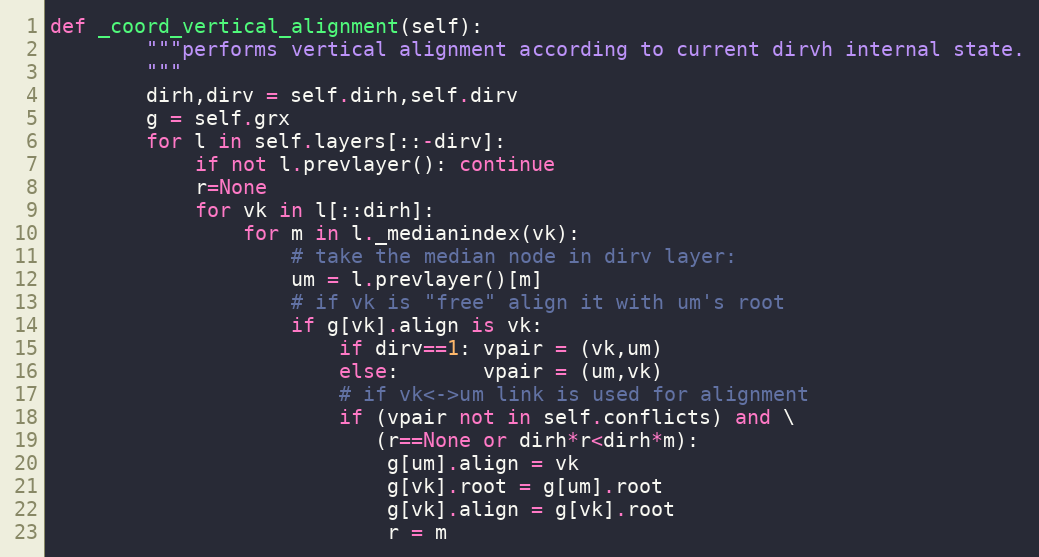
Language: Python
def _coord_vertical_alignment(self):
        """performs vertical alignment according to current dirvh internal state.
        """
        dirh,dirv = self.dirh,self.dirv
        g = self.grx
        for l in self.layers[::-dirv]:
            if not l.prevlayer(): continue
            r=None
            for vk in l[::dirh]:
                for m in l._medianindex(vk):
                    # take the median node in dirv layer:
                    um = l.prevlayer()[m]
                    # if vk is "free" align it with um's root
                    if g[vk].align is vk:
                        if dirv==1: vpair = (vk,um)
                        else:       vpair = (um,vk)
                        # if vk<->um link is used for alignment
                        if (vpair not in self.conflicts) and \
                           (r==None or dirh*r<dirh*m):
                            g[um].align = vk
                            g[vk].root = g[um].root
                            g[vk].align = g[vk].root
                            r = m